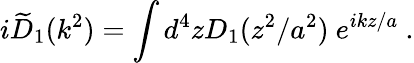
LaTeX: i\widetilde D_{1}(k^{2})=\int d^{4}zD_{1}(z^{2}/a^{2})\ e^{ikz/a}~.